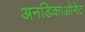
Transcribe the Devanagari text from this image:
अनडिकाओनेट